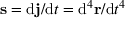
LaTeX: \mathbf { s } = \mathrm { d } \mathbf { j } / \mathrm { d } t = \mathrm { d } ^ { 4 } \mathbf { r } / \mathrm { d } t ^ { 4 }